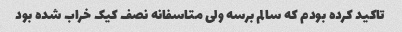
تاکید کرده بودم که سالم برسه ولی متاسفانه نصف کیک خراب شده بود